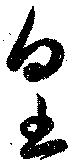
皇